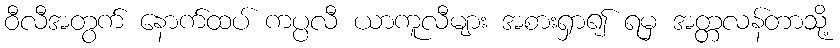
ဝီလီအတွက် နောက်ထပ် ကပ္ပလီ ယာကူလီများ အစားရှာ၍ ရမှ အတ္တလန်တာသို့